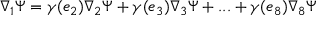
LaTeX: \nabla _ { 1 } \Psi = \gamma ( e _ { 2 } ) \nabla _ { 2 } \Psi + \gamma ( e _ { 3 } ) \nabla _ { 3 } \Psi + . . . + \gamma ( e _ { 8 } ) \nabla _ { 8 } \Psi